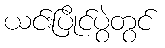
ယင်းပြိုင်ပွဲတွင်